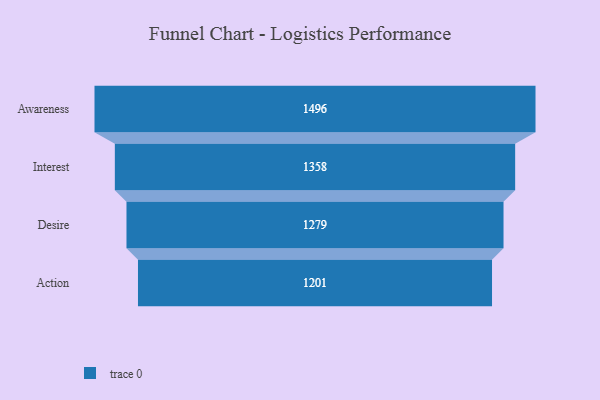
{"axis": {"x": "Stage", "y": "Value"}, "legend": [""], "data": [{"x": "Awareness", "y": 1496.0, "type": ""}, {"x": "Interest", "y": 1358.0, "type": ""}, {"x": "Desire", "y": 1279.0, "type": ""}, {"x": "Action", "y": 1201.0, "type": ""}]}